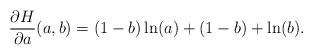
LaTeX: \begin{align*}\frac{\partial H}{\partial a} (a,b) = (1 - b)\ln(a) + (1 - b) + \ln(b).\end{align*}